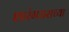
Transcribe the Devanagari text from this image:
शारंगधराच्या